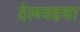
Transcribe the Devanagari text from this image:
देलवइया